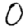
Digit: 0